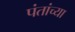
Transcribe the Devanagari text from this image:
पंतांच्या